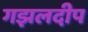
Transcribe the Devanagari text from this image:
गझलदीप